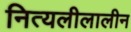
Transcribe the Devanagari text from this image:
नित्यलीलालीन